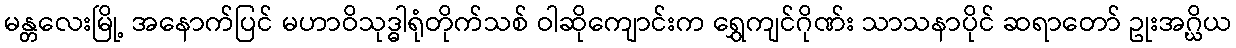
မန္တလေးမြို့ အနောက်ပြင် မဟာဝိသုဒ္ဓါရုံတိုက်သစ် ဝါဆိုကျောင်းက ရွှေကျင်ဂိုဏ်း သာသနာပိုင် ဆရာတော် ဥုးအဂ္ဃိယ